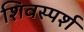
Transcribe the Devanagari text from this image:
शिवस्पर्श